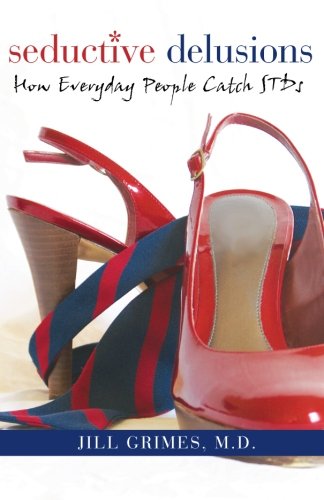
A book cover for Seductive Delusions: How Everyday People Catch STDs; Jill A Grimes; Health, Fitness & Dieting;